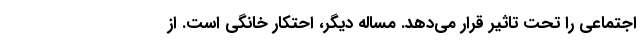
اجتماعی را تحت تاثیر قرار می‌دهد. مساله دیگر، احتکار خانگی است. از